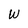
Character: W